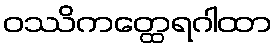
ဝဿိကတ္ထေရဂါထာ